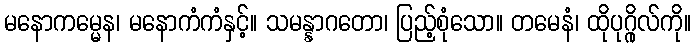
မနောကမ္မေန၊ မနောကံကံနှင့်။ သမန္နာဂတော၊ ပြည့်စုံသော။ တမေနံ၊ ထိုပုဂ္ဂိုလ်ကို။